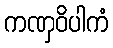
ကဏှဝိပါကံ